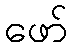
ဖော်